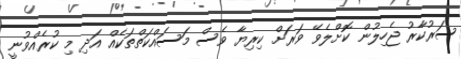
ސަރުކާރު ޖެހިލުން ކޮށްލެވޭ ވަރަށް ކިރިޔާ ވެސް މަސައްކަތްތަކެއް އަދި މި ކުރެއްވުނީ